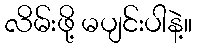
လိမ်းဖို့ မပျင်းပါနဲ့။